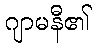
ဂျာမနီ၏